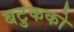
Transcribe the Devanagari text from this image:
बटुकको